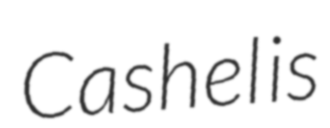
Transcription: Cashel is